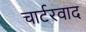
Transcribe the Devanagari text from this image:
चार्टरवाद